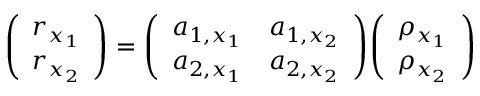
{ \left( \begin{array} { l } { r _ { x _ { 1 } } } \\ { r _ { x _ { 2 } } } \end{array} \right) } = { \left( \begin{array} { l l } { a _ { 1 , x _ { 1 } } } & { a _ { 1 , x _ { 2 } } } \\ { a _ { 2 , x _ { 1 } } } & { a _ { 2 , x _ { 2 } } } \end{array} \right) } { \left( \begin{array} { l } { \rho _ { x _ { 1 } } } \\ { \rho _ { x _ { 2 } } } \end{array} \right) }